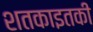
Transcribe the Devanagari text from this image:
शतकाइतकी